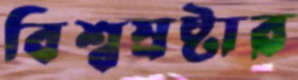
বিশ্বস্রষ্টার